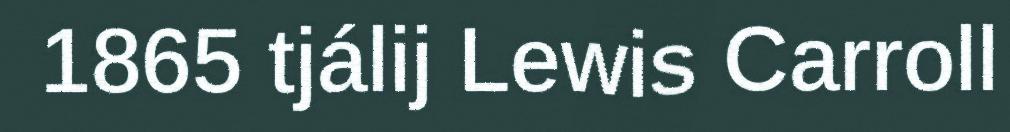
1865 tjálij Lewis Carroll